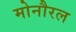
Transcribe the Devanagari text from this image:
मोनौरल